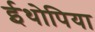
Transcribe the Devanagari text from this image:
ईथोपिया